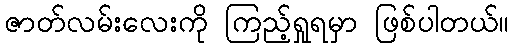
ဇာတ်လမ်းလေးကို ကြည့်ရှုရမှာ ဖြစ်ပါတယ်။